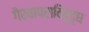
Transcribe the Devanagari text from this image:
गैरवापराविरूद्ध